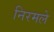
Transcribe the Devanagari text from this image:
निरमले